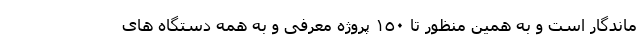
ماندگار است و به همین منظور تا ١٥٠ پروژه معرفی و به همه دستگاه های